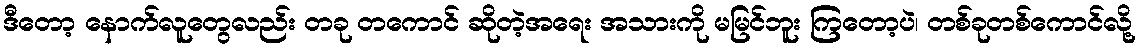
ဒီတော့ နောက်လူတွေလည်း တခု တကောင် ဆိုတဲ့အရေး အသားကို မမြင်ဘူး ကြတော့ပဲ၊ တစ်ခုတစ်ကောင်လို့